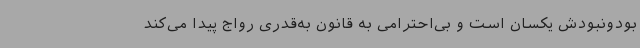
بودونبودش یکسان است و بی‌احترامی به قانون به‌قدری رواج پیدا می‌کند